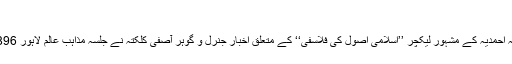
1908ء)
حضرت اقدس بانئ سلسلہ احمدیہ کے مشہور لیکچر ’’اسلامی اصول کی فلاسفی‘‘ کے متعلق اخبار جنرل و گوہر آصفی کلکتہ نے جلسہ مذاہب عالم لاہور 1896ء کے اختتام پر لکھا:۔